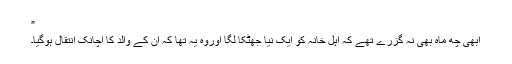
”
ابھی چھ ماہ بھی نہ گزرے تھے کہ اہل خانہ کو ایک نیا جھٹکا لگا اوروہ یہ تھا کہ ان کے والد کا اچانک انتقال ہوگیا۔